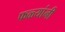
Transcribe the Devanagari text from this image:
फळ्यांनी